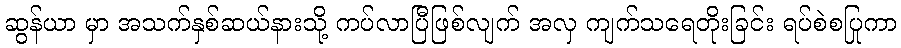
ဆွန်ယာ မှာ အသက်နှစ်ဆယ်နားသို့ ကပ်လာပြီဖြစ်လျက် အလှ ကျက်သရေတိုးခြင်း ရပ်စဲစပြုကာ